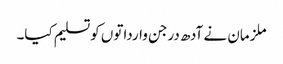
ملزمان نے آدھ درجن وارداتوں کوتسلیم کیا۔